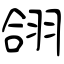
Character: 翖